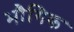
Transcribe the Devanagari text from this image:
भौगिक